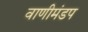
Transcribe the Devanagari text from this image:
वाणीमंडप